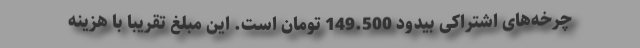
چرخه‌های اشتراکی بیدود 149.500 تومان است. این مبلغ تقریبا با هزینه